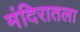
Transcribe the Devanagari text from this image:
मंदिरातला